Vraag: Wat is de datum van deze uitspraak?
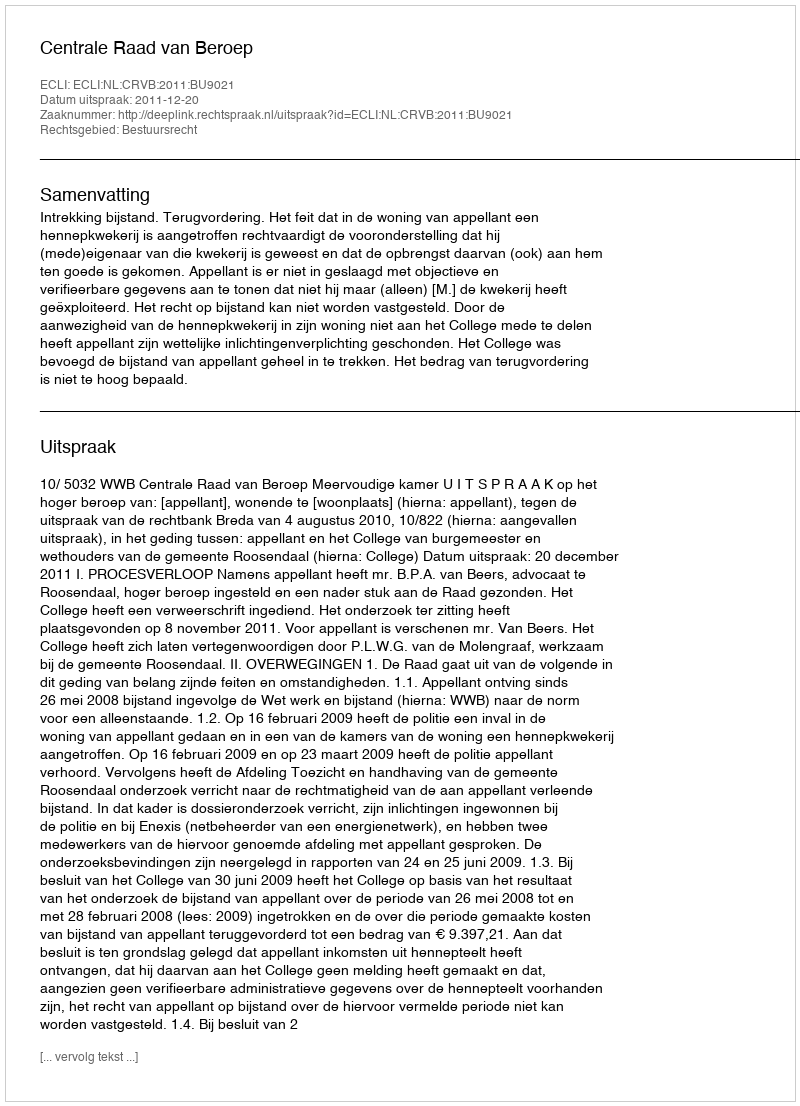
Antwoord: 2011-12-20